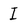
Character: I